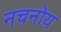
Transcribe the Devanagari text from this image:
नचनोय